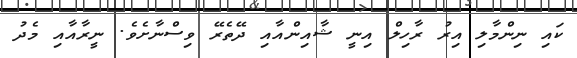
ކައި ނިންމާލި އިރު ރާހިލް އިނީ ޝާއިންއާއި ދޭތެރޭ ވިސްނާށެވެ. ނީރާއާއި މެދު